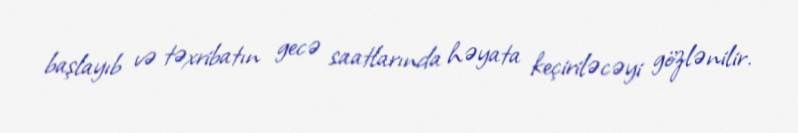
başlayıb və təxribatın gecə saatlarında həyata keçiriləcəyi gözlənilir.